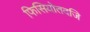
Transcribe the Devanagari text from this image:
फिसियोतदजि